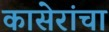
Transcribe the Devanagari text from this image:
कासेरांचा